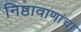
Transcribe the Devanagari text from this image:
निष्ठावाणांचा